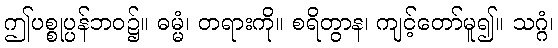
ဤပစ္စုပ္ပန်ဘဝ၌။ ဓမ္မံ၊ တရားကို။ စရိတွာန၊ ကျင့်တော်မူ၍။ သဂ္ဂံ၊